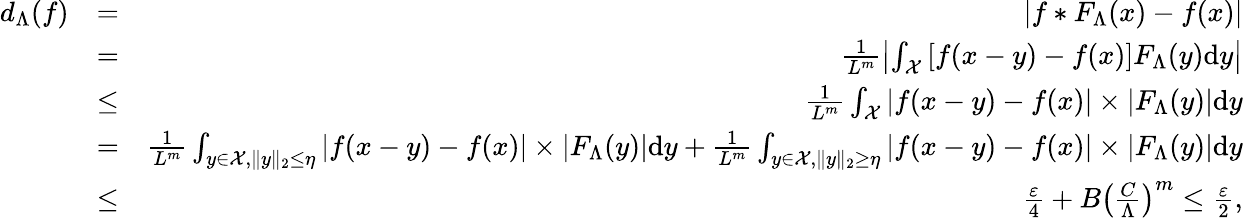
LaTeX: \begin{array}{rlr}{d_{\Lambda}(f)}&{=}&{\left|f*F_{\Lambda}(x)-f(x)\right|}\\ &{=}&{\frac{1}{L^{m}}\left|\int_{{\cal{X}}}\left[f(x-y)-f(x)\right]F_{\Lambda}(y)\mathrm{d}y\right|}\\ &{\le}&{\frac{1}{L^{m}}\int_{{\cal{X}}}\left|f(x-y)-f(x)\right|\times\left|F_{\Lambda}(y)\right|\mathrm{d}y}\\ &{=}&{\frac{1}{L^{m}}\int_{{y\in\cal{X}},\| y\| _{2}\le\eta}\left|f(x-y)-f(x)\right|\times\left|F_{\Lambda}(y)\right|\mathrm{d}y+\frac{1}{L^{m}}\int_{{y\in\cal{X}},\| y\| _{2}\ge\eta}\left|f(x-y)-f(x)\right|\times\left|F_{\Lambda}(y)\right|\mathrm{d}y}\\ &{\le}&{\frac{\varepsilon}{4}+B\left(\frac{C}{\Lambda}\right)^{m}\le\frac{\varepsilon}{2},}\end{array}